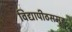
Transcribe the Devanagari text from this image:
विद्यापीठसमूह